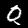
Digit: 0